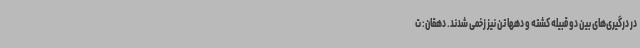
در درگیری‌های بین دو قبیله کشته و دهها تن نیز زخمی شدند. دهقان: ت